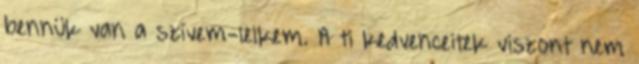
bennük van a szívem-lelkem. A ti kedvenceitek viszont nem